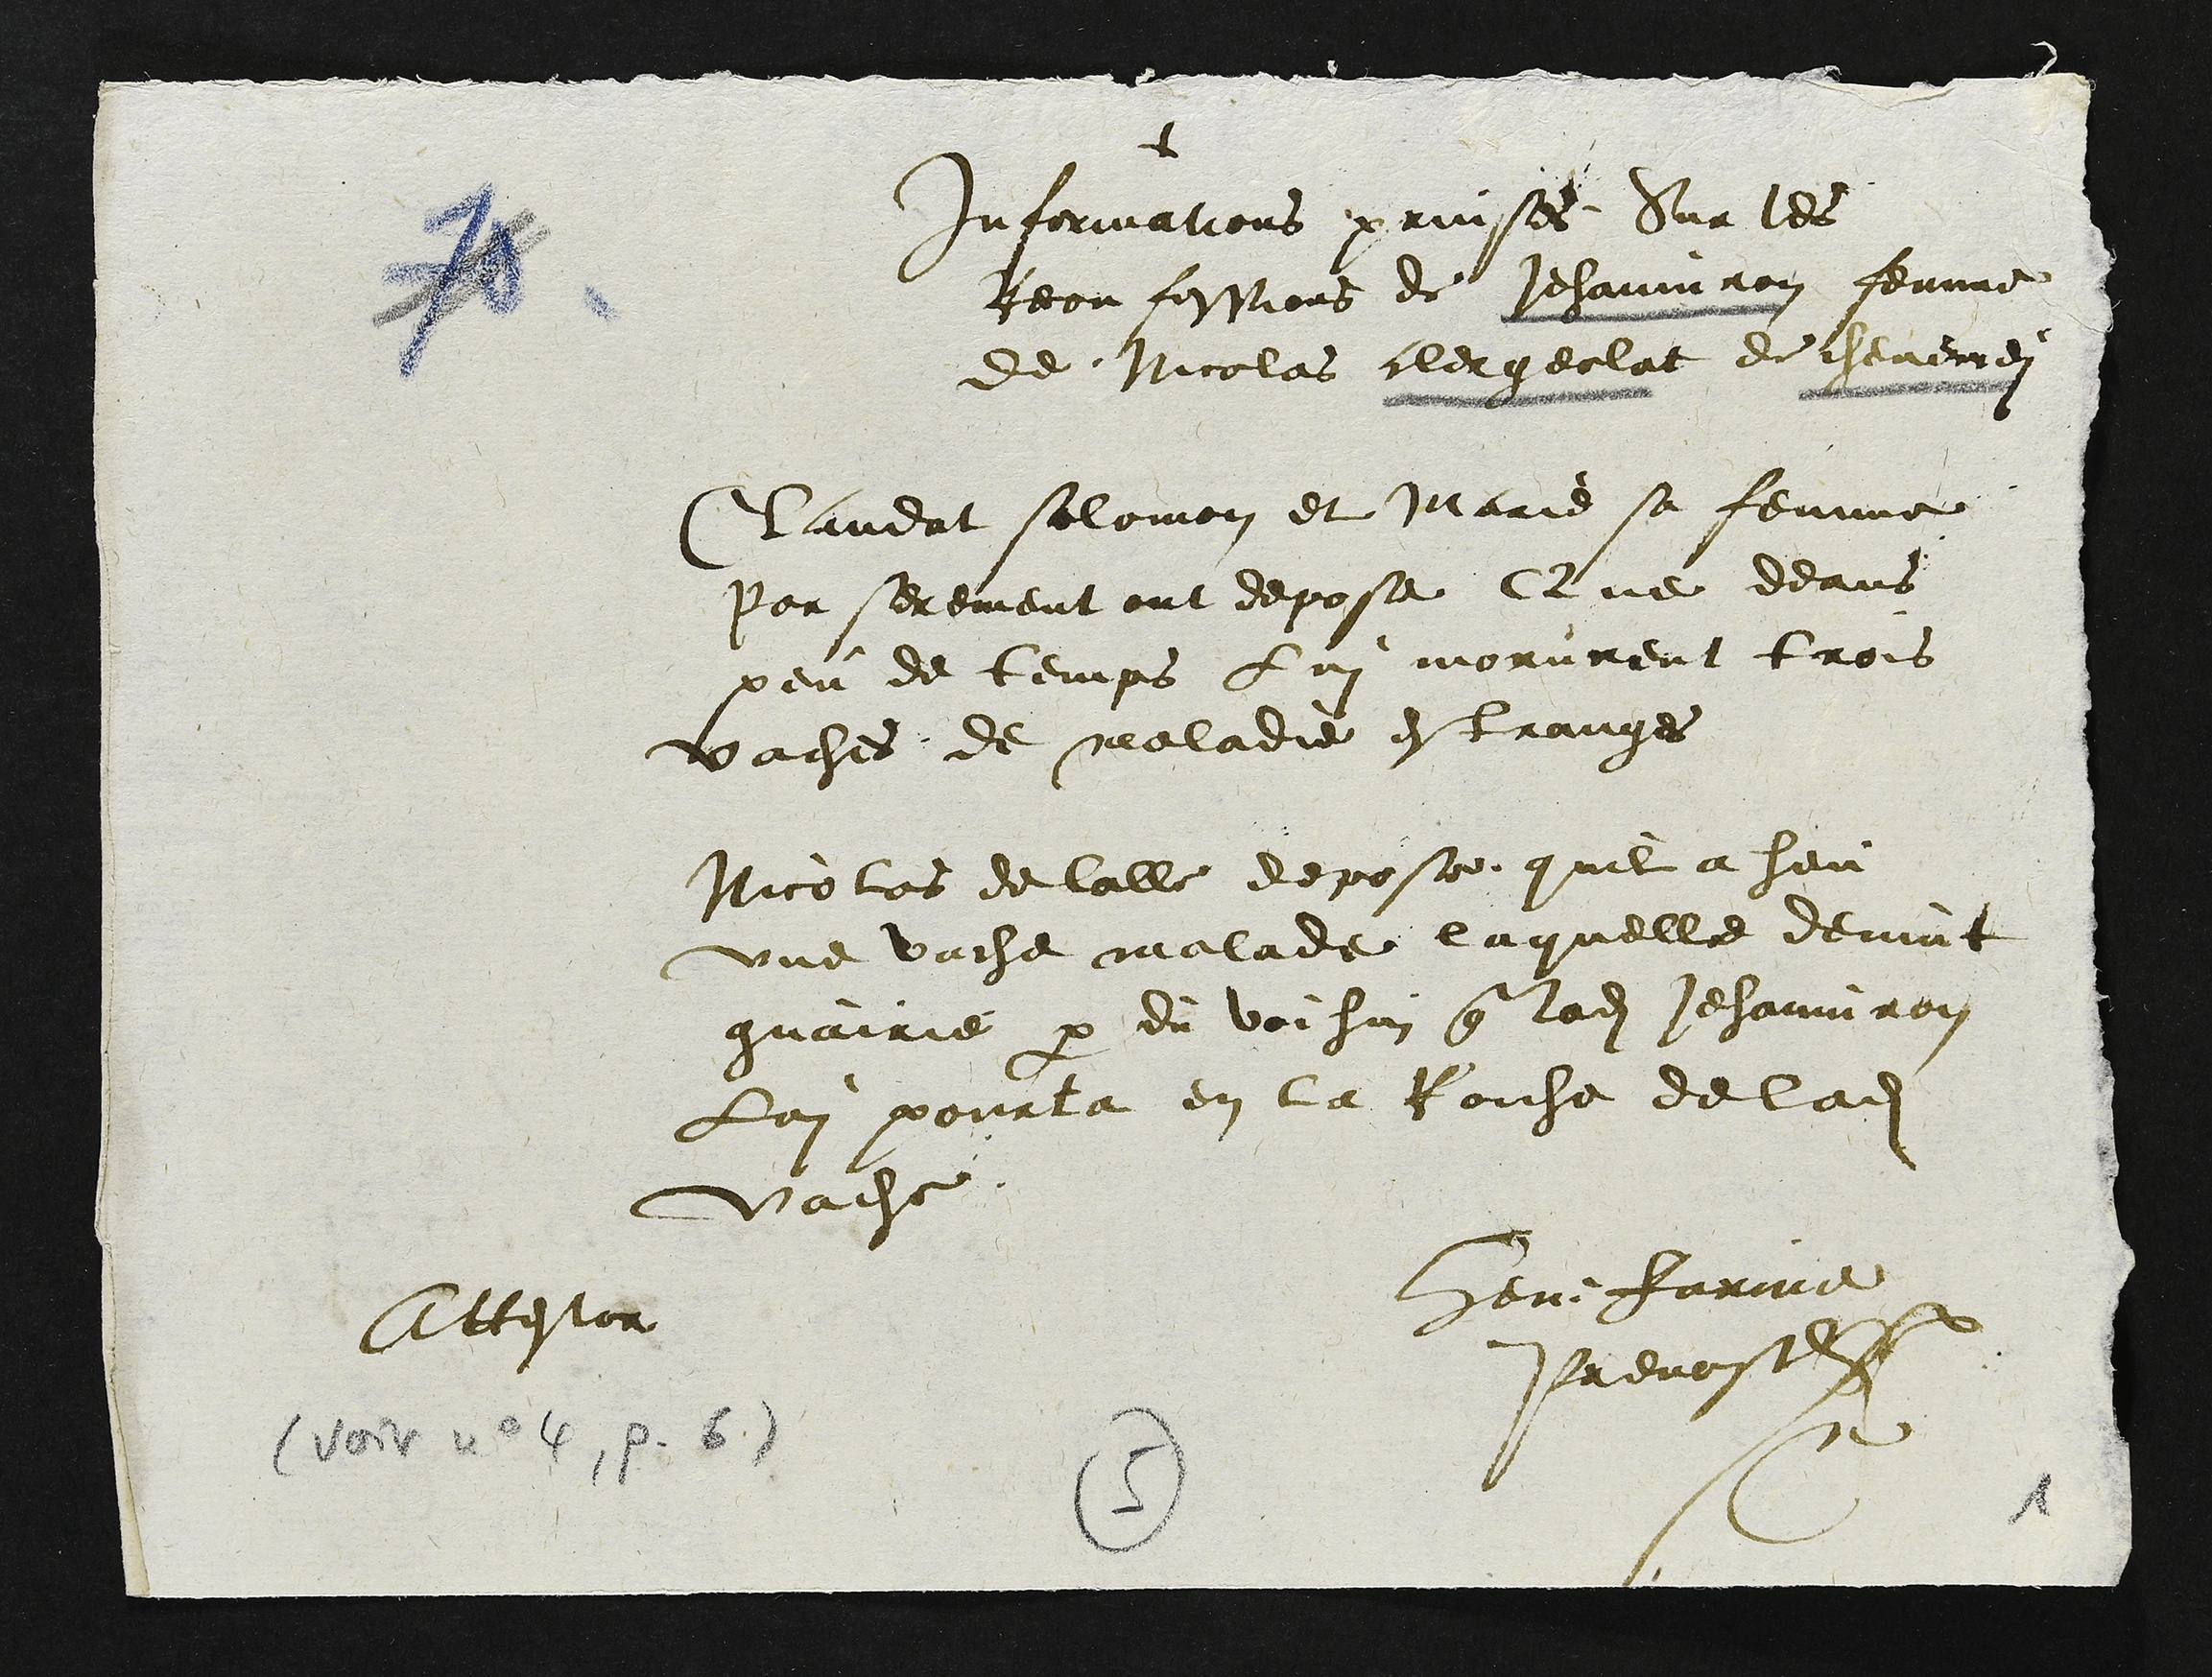
+
informations prinses Sur les
Reconfessions de Jehanniron femme
de Nicolas clergeolat de chevenei
Claudat salomon et Marie sa femme
Par serement ont depose Que deans
peu de temps lui morurent trois
vaches de maladie estranges
Nicolas delalle depose quil a heu
une vache malade laquelle devint
guairie par du voihin que ladite Jehanniron
Lui pourta en la Roiche de ladite
vache
Attestor
Henri Farine
Prevost